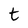
Character: t